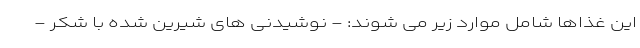
این غذاها شامل موارد زیر می شوند: - نوشیدنی های شیرین شده با شکر -